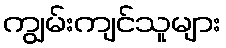
ကျွမ်းကျင်သူများ